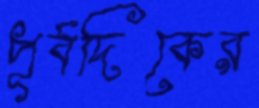
পূর্বদিকের